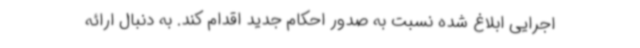
اجرایی ابلاغ شده نسبت به صدور احکام جدید اقدام کند. به دنبال ارائه